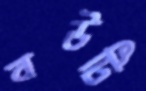
বউটি